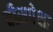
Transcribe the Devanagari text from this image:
वीसपेक्षा